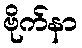
ဗိုက်နာ